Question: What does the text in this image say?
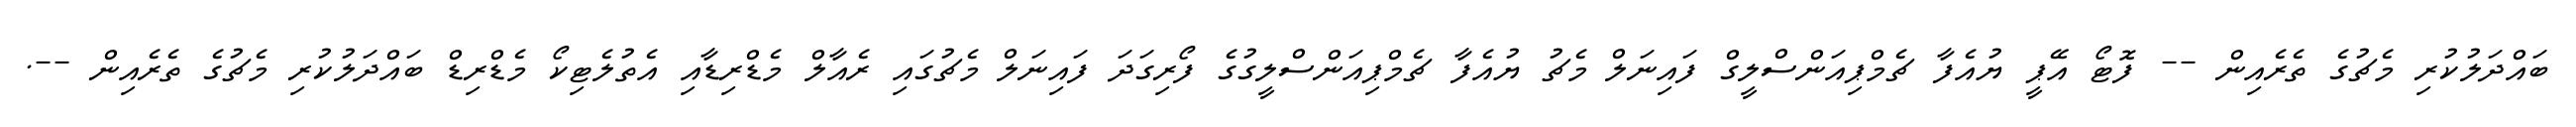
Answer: ބައްދަލުކުރި މެޗުގެ ތެރެއިން -- ފޮޓޯ އޭޕީ ޔުއެފާ ޗެމްޕިއަންސްލީގް ފައިނަލް މެޗު ޔުއެފާ ޗެމްޕިއަންސްލީގުގެ ފޯރިގަދަ ފައިނަލް މެޗުގައި ރެއާލް މެޑްރިޑާއި އެތުލެޓިކޯ މެޑްރިޑް ބައްދަލުކުރި މެޗުގެ ތެރެއިން --.